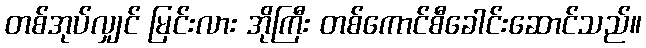
တစ်အုပ်လျှင် မြင်းလား အိုကြီး တစ်ကောင်စီခေါင်းဆောင်သည်။